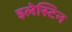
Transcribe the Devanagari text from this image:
इलेस्टिन